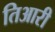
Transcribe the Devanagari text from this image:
तिआरी